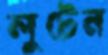
লুটেন